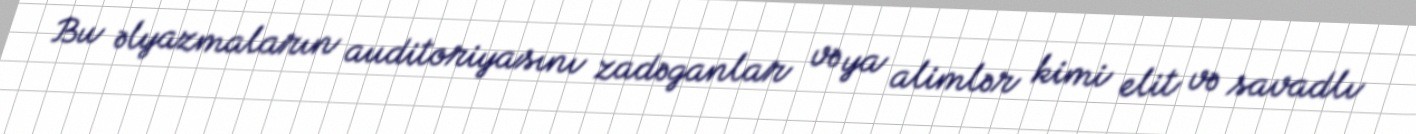
Bu əlyazmaların auditoriyasını zadəganlar və ya alimlər kimi elit və savadlı